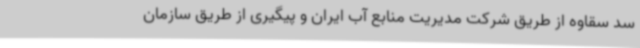
سد سقاوه از طریق شرکت مدیریت منابع آب ایران و پیگیری از طریق سازمان